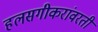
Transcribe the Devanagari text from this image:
हलसगीकरांवरती